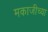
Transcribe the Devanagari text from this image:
मकाजीच्या